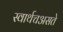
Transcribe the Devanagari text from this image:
स्वार्थचअसते